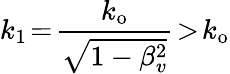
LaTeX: k_{1}\! =\! \frac{k_{\mathrm{o}}}{\sqrt{1-\beta_{v}^{2}}}\! >\! k_{\mathrm{o}}